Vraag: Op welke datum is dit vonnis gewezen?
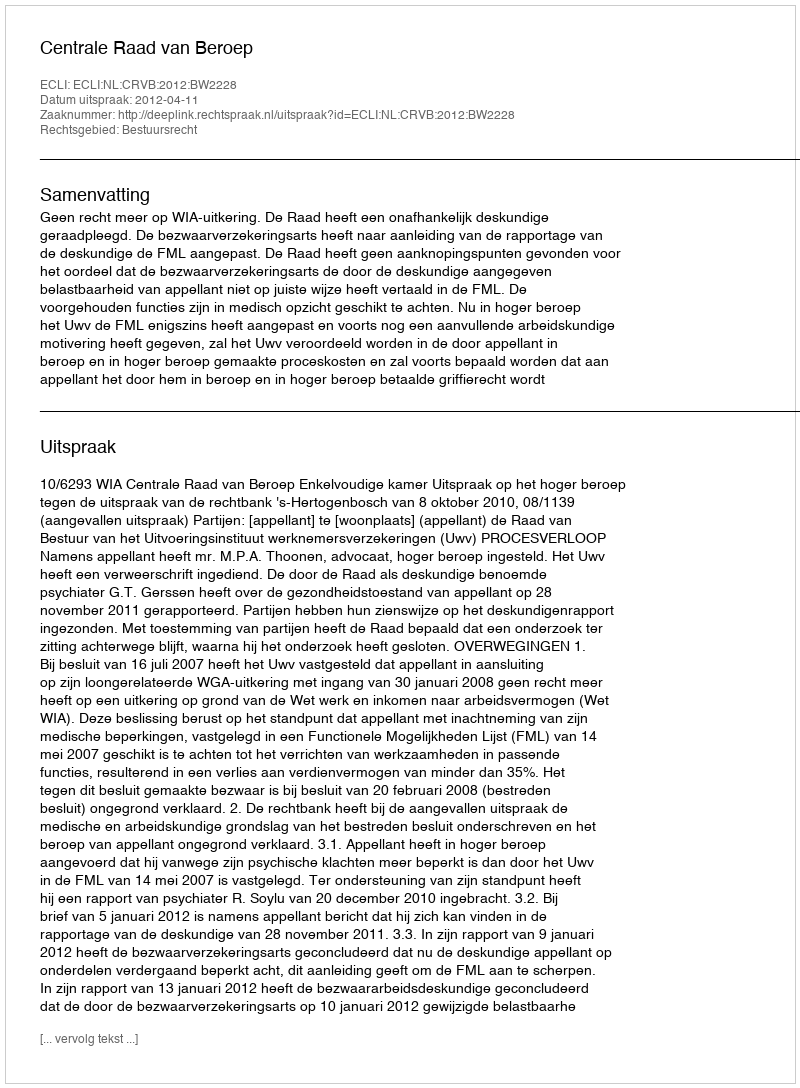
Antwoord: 2012-04-11